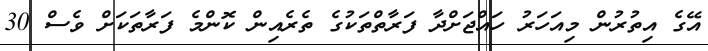
އޭގެ އިތުރުން މިއަހަރު ހައްޖަށްދާ ފަރާތްތަކުގެ ތެރެއިން ކޮންމެ ފަރާތަކަށް ވެސް 30